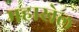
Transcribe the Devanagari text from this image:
महाखेल